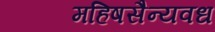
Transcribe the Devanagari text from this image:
महिषसैन्यवध